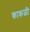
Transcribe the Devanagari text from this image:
काकळी